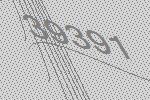
39391